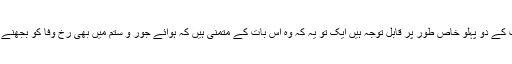
ان کے اسلوب کے دو پہلو خاص طور پر قابل توجہ ہیں ایک تو یہ کہ وہ اس بات کے متمنی ہیں کہ ہوائے جور و ستم میں بھی رخ وفا کو بجھنے نہ دیا جائے۔